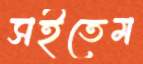
সইতেম